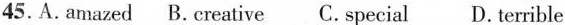
45.A.Amazed B.Creative C.Special D. Terrible